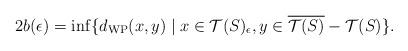
LaTeX: \begin{align*}2b(\epsilon)=\inf\{d_{\rm WP}(x,y)\mid x\in {\cal T}(S)_\epsilon,y\in \overline{{\cal T}(S)}-{\cal T}(S)\}.\end{align*}